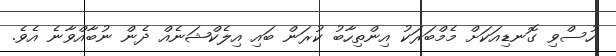
ހުސްވި ގޮނޑިއަކަށް މެމްބަރަކު އިންތިހާބު ކުރަން ބައި އިލެކްޝަނެއް ދެން ނުބާއްވާނެ އެވެ.